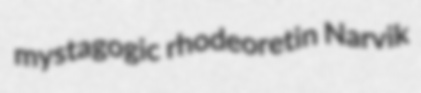
mystagogic rhodeoretin Narvik